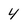
Character: 4